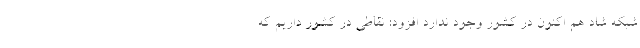
شبکه شاد هم اکنون در کشور وجود ندارد افزود: نقاطی در کشور داریم که